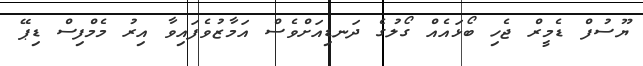
ޔޫސުފް ޑެމީރް ޖެހި ބޯޅައެއް ގޯލުގެ ދަނޑިއަށްވެސް އަމާޒުވެފައިވާ އިރު މެމްފިސް ޑިޕޭ